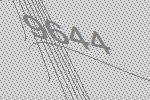
9644